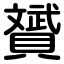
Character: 贇